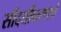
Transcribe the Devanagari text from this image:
सौंदर्यीकरणाचे